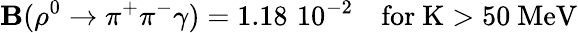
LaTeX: \mathbf{B}(\rho^{0}\rightarrow\pi^{+}\pi^{-}\gamma)=1.18\, \, 10^{-2}\quad\mathrm{{for~K>50~MeV}}